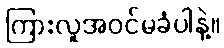
ကြားလူအဝင်မခံပါနဲ့။